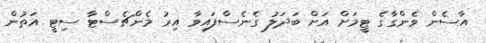
އާސެން ވެންގާގެ ޓީމަށް އަށް ބަދަލު ގެނެސްފައިވާ އިރު މެންޗެސްޓާ ސިޓީ އަތުން